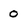
Character: 0